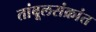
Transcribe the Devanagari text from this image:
तांबूलसंक्रांत